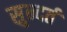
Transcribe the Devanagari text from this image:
सुन्दर्त